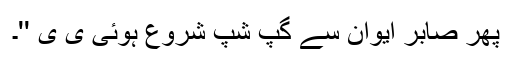
پھر صابر ایوان سے گپ شپ شروع ہوئی ی ی ''۔